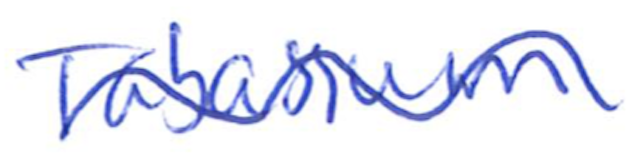
Text: Tabassum
Cross-out: wave
Writing tool: ballpoint